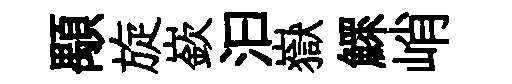
顒旋嶔汩嶽鰥峭